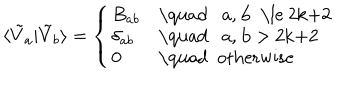
\langle \tilde { V } _ { a } | \tilde { V } _ { b } \rangle = \left\{ \left\{ \begin{cases} { { B _ { a b } } } & { { \quad a , b \le 2 k + 2 } } \\ { { \delta _ { a b } } } & { { \quad a , b > 2 k + 2 } } \\ { { 0 } } & { { \quad o t h e r w i s e } } \\ \end{cases} \right. \right.